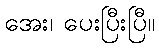
အေး၊ ပေးပြီးပြီ။